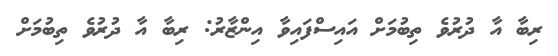
ރިބާ އާ ދުރުވެ ތިބުމަށް އައިސްފައިވާ އިންޒާރު: ރިބާ އާ ދުރުވެ ތިބުމަށް